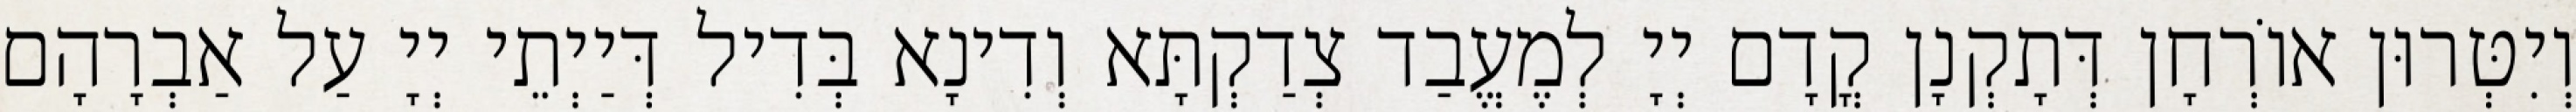
וְיִטְּרוּן אוֹרְחָן דְּתָקְנָן קֳדָם יְיָ לְמֶעֱבַד צְדַקְתָּא וְדִינָא בְּדִיל דְּיַיְתֵי יְיָ עַל אַבְרָהָם